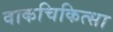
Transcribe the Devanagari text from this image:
वाकचिकित्सा